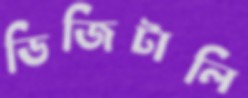
ডিজিটালি